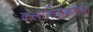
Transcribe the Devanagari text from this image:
कलाशिक्षकांच्या